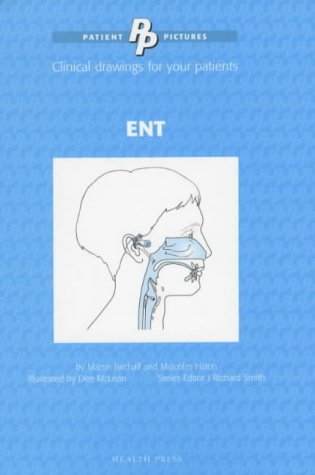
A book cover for Ear, Nose and Throat: Patient Pictures; Martin Birchall; Medical Books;